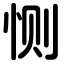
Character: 恻